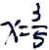
x = \frac { 3 } { 5 }